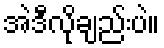
အဲဒီလိုချည်းပဲ။